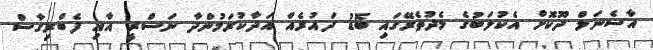
އާސެނަލް ދޫކޮށް އެކުލަބުގެ މެދުތެރޭގައި ބޮޑު ދައުރެއް އަދާކުރަމުންދާ ނަސްރީ އާއި ފެބްރިގާސް